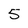
Character: 5